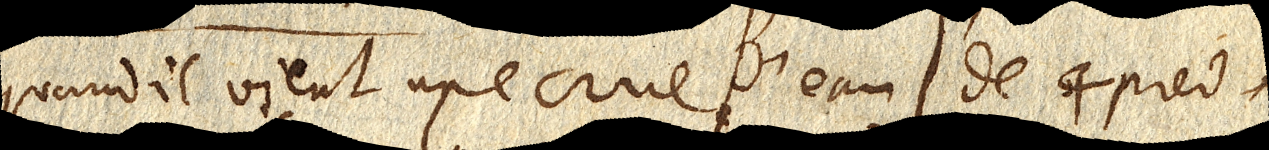
Quand il vient une crue d’eau de 4 pieds,